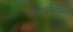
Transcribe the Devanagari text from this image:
सेवानिवृत्तीसमयी